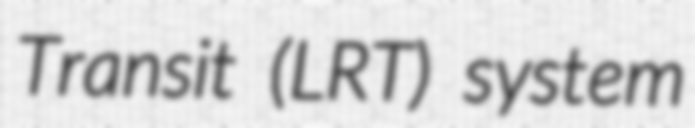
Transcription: Transit (LRT) system